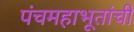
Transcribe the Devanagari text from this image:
पंचमहाभूतांची